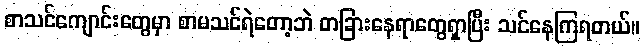
စာသင်ကျောင်းတွေမှာ စာမသင်ရဲတော့ဘဲ တခြားနေရာတွေရှာပြီး သင်နေကြရတယ်။